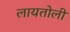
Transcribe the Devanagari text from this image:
लायतोली